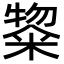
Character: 鿯